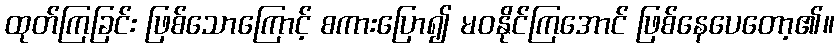
ထုတ်ကြခြင်း ဖြစ်သောကြောင့် စကားပြော၍ မဝနိုင်ကြအောင် ဖြစ်နေပေတော့၏။